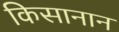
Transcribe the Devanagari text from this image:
किसानान